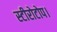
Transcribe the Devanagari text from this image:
स्टीरोटोप।